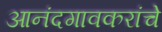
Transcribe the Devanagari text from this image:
आनंदगावकरांचे